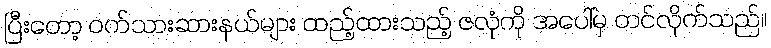
ပြီးတော့ ဝက်သားဆားနယ်များ ထည့်ထားသည့် ဇလုံကို အပေါ်မှ တင်လိုက်သည်။